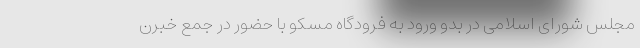
مجلس شورای اسلامی در بدو ورود به فرودگاه مسکو با حضور در جمع خبرن